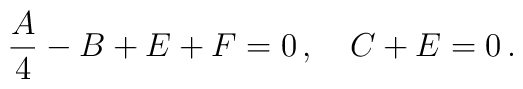
\frac{A}{4}-B+E+F=0\,,\quad C+E=0\,.